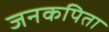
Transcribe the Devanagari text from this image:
जनकपिता